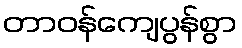
တာဝန်ကျေပွန်စွာ